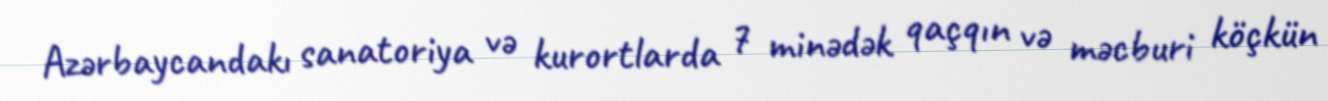
Azərbaycandakı sanatoriya və kurortlarda 7 minədək qaçqın və məcburi köçkün